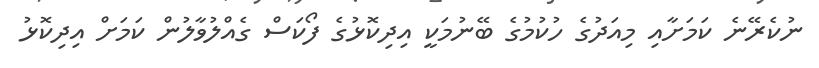
ނުކެރޭނެ ކަމަށާއި މިއަދުގެ ހުކުމުގެ ބޭނުމަކީ އިދިކޮޅުގެ ފޯކަސް ގެއްލުވާލުން ކަމަށް އިދިކޮޅު